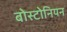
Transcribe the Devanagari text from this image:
बोस्टोनियन